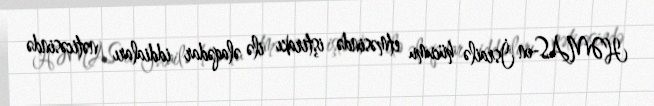
HƏMAS-ın İsrailə hücumu etməsində iştirakı ilə əlaqədar iddiaları nəticəsində